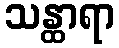
သန္ထာရာ